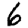
Digit: 6